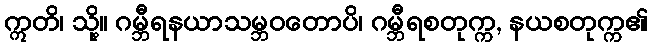
ဣတိ၊ သို့။ ဂမ္ဘီရနယာသမ္ဘဝတောပိ၊ ဂမ္ဘီရစတုက္က, နယစတုက္က၏